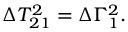
\Delta T _ { 2 1 } ^ { 2 } = \Delta \Gamma _ { 1 } ^ { 2 } .